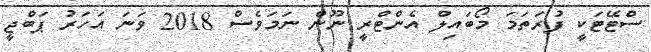
ސްޓޭޓަކީ ފުރަތަމަ މޯބައިލް އެންޓްރީ ނޫން ނަމަވެސް 2018 ވަނަ އަހަރު ޕަބްޖީ